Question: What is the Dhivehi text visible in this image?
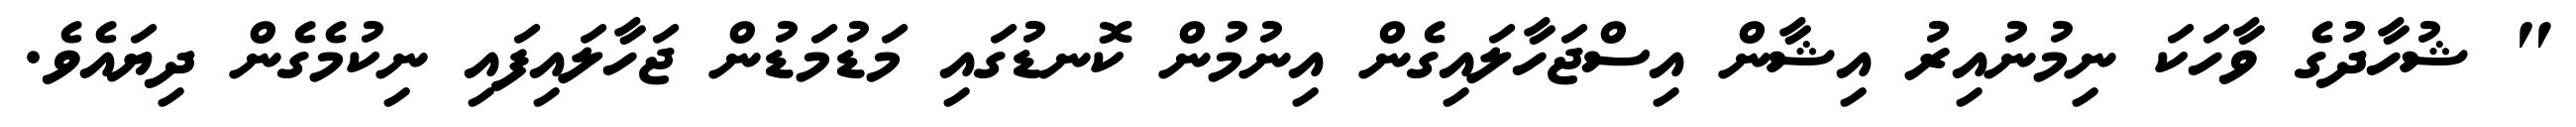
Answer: " ޝުހާދުގެ ވާހަކަ ނިމުނުއިރު އިޝާން އިސްޖަހާލައިގެން އިނުމުން ކޮނޑުގައި މަޑުމަޑުން ޖަހާލައިފައި ނިކުމެގެން ދިޔައެވެ.